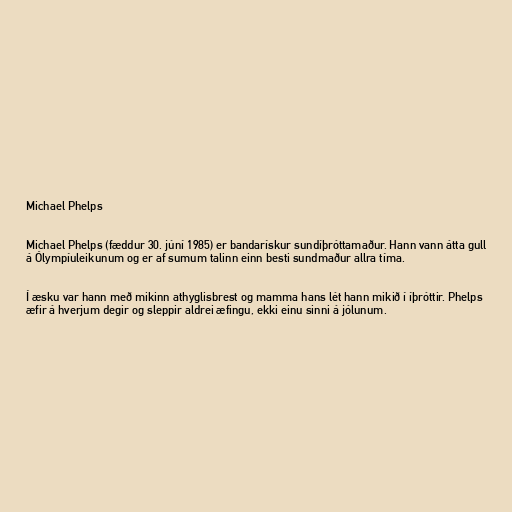
Michael Phelps

Michael Phelps (fæddur 30. júní 1985) er bandarískur sundíþróttamaður. Hann vann átta gull
á Ólympíuleikunum og er af sumum talinn einn besti sundmaður allra tíma.

Í æsku var hann með mikinn athyglisbrest og mamma hans lét hann mikið í íþróttir. Phelps
æfir á hverjum degir og sleppir aldrei æfingu, ekki einu sinni á jólunum.